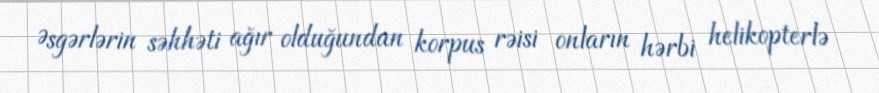
Əsgərlərin səhhəti ağır olduğundan korpus rəisi onların hərbi helikopterlə